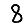
Digit: 8